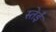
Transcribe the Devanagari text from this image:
स्तेईं